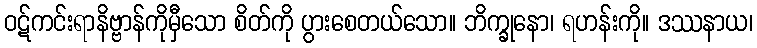
ဝဋ်ကင်းရာနိဗ္ဗာန်ကိုမှီသော စိတ်ကို ပွားစေတယ်သော။ ဘိက္ခုနော၊ ရဟန်းကို။ ဒဿနာယ၊